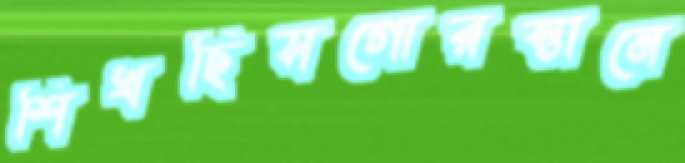
শিখছিসগোরস্তানে